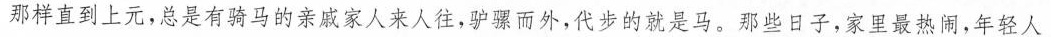
那样直到上元，总是有马骑的亲戚家人来人往，驴骡而外，代步的就是马。那些日子，家里最热闹，年轻人